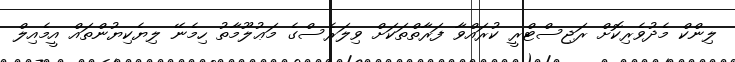
ލިންކް މެދުވެރިކޮށް ރަޖިސްޓްރީ ކުރައްވާ ފަރާތްތަކަށް ވިލަރެސްގެ މަޢުލޫމާތު ހިމެނޭ ލިޔެކިޔުންތައް އީމެއިލް